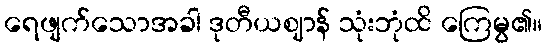
ရေဖျက်သောအခါ ဒုတီယဈာန် သုံးဘုံထိ ကြေမွ၏။